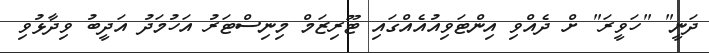
ދަނީ" "ހަވީރަ" ށް ދެއްވި އިންޓަވިއުއެއްގައި ޓޫރިޒަމް މިނިސްޓަރު އަހުމަދު އަދީބު ވިދާޅުވި